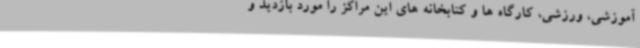
آموزشی، ورزشی، کارگاه ها و کتابخانه های این مراکز را مورد بازدید و